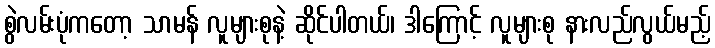
စွဲလမ်းပုံကတော့ သာမန် လူများစုနဲ့ ဆိုင်ပါတယ်၊ ဒါကြောင့် လူများစု နားလည်လွယ်မည့်